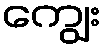
ကျွေး